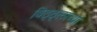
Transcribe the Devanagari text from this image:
विठ्ठ्लाच्या